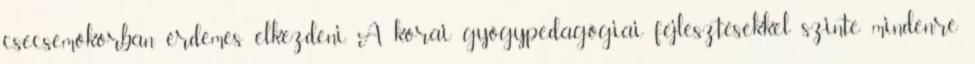
csecsemőkorban érdemes elkezdeni. A korai gyógypedagógiai fejlesztésekkel szinte mindenre